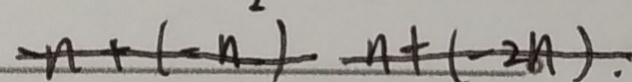
n + ( - n ^ { 2 } ) n + ( - 2 n ) .